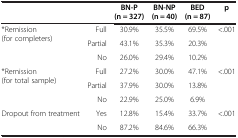
| <COLSPAN=2>  | BN-P (n = 327) | BN-NP (n = 40) | BED (n = 87) | p |
 | --- | --- | --- | --- | --- | --- |
 | <ROWSPAN=2> *Remission (for completers) | Full | 30.9% | 35.5% | 69.5% | <.001 |
 | Partial | 43.1% | 35.3% | 20.3% |  |
 |  | No | 26.0% | 29.4% | 10.2% |  |
 | <ROWSPAN=3> *Remission (for total sample) | Full | 27.2% | 30.0% | 47.1% | <.001 |
 | Partial | 37.9% | 30.0% | 13.8% |  |
 | No | 22.9% | 25.0% | 6.9% |  |
 | <ROWSPAN=2> Dropout from treatment | Yes | 12.8% | 15.4% | 33.7% | <.001 |
 | No | 87.2% | 84.6% | 66.3% |  |